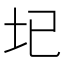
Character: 𡉏